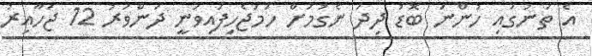
އެ ތަނުގައި ހުންނަ ބޮޑު ދިދަ ނެގުމަށް ހަމަޖެހިފައިވަނީ ދަންވަރު 12 ޖަހާއިރު